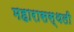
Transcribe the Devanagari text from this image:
महारासस्थली